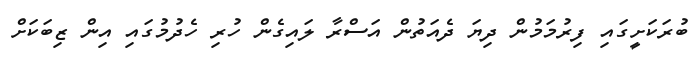
ބުރަކަށީގައި ފިރުމަމުން ދިޔަ ދެއަތުން އަސްރާ ލައިގެން ހުރި ހެދުމުގައި އިން ޒިބަކަށް